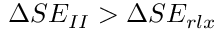
\Delta S E _ { I I } > \Delta S E _ { r l x }